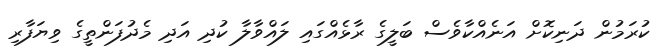
ކުރަމުން ދަނިކޮށް އަނެއްކާވެސް ބަލީގެ ރާޅެއްގައި ލައްވާލާ ކުދި އަދި މެދުފަންތީގެ ވިޔަފާރި